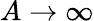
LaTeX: A\rightarrow\infty